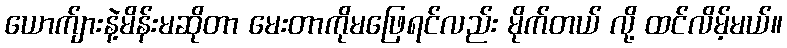
ယောက်ျားနဲ့မိန်းမဆိုတာ မေးတာကိုမဖြေရင်လည်း မိုက်တယ် လို့ ထင်လိမ့်မယ်။